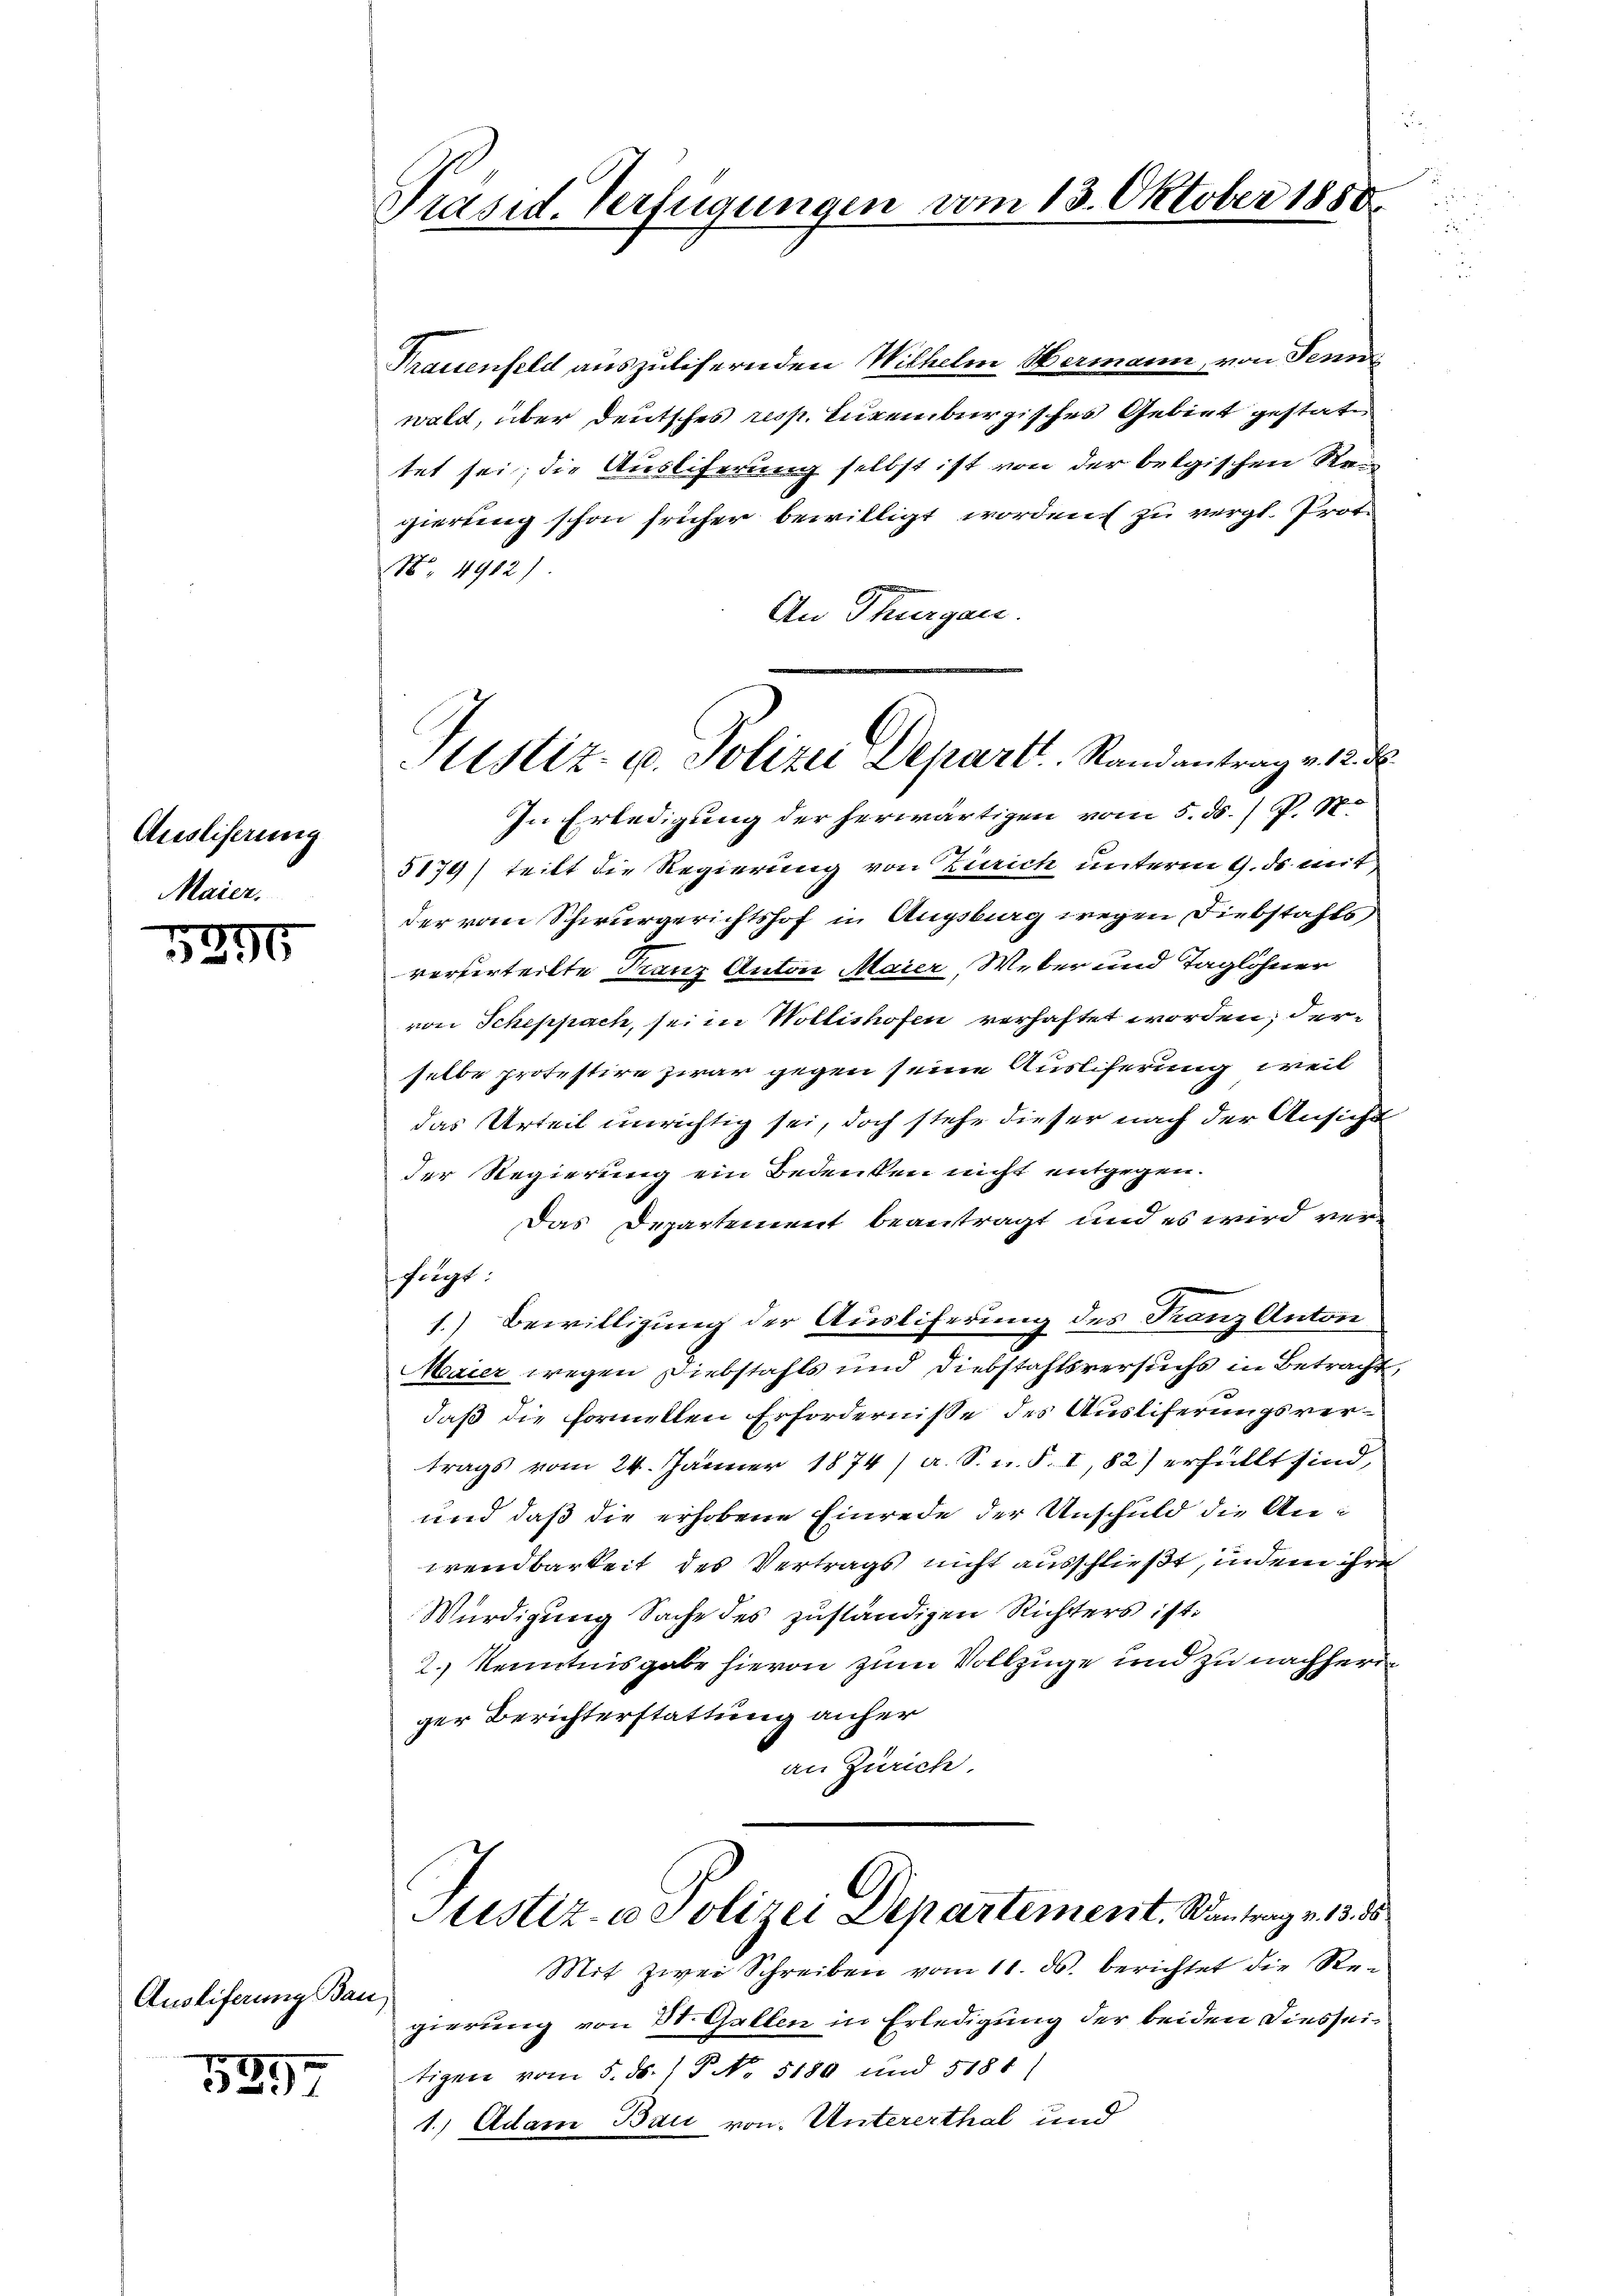
Austiferung
Maier.

5295

Ausliferung Bau,

539

Präsid. Verfügungen vom 13. Oktober 1850.

Trauenfeld auszulisernden Wilhelm Hermann, von Senn
wald, über deutsches resp. Eugenburgisches Gebiet gestatt
tet sei; die Ausliferung selbst ist von der belgischen Rei
gierung schon früher bewilligt worden zu vergl. Prot
N° 4912)
An Thurgau.
In Erledigung der herwärtigen vom 5. ds. P. M.
5174) teilt die Regierung von Zürich unterm 9. ds mit
der vom Schwurgerichtshof in Augsburg wegen Diebstahls
verurteilte Franz Anton Maier, Weber und Taglöhner
von Scheppach, sei in Wollishofen verhaftet worden; derselbe protestire zwar gegen seine Ausliferung, weil
das Urteil unrichtig sei, doch stehe dieser nach der Ansicht
der Regierung ein Bedenken nicht entgegen.
Das Departement beantragt und es wird verfegt:
1.) Bewilligung der Ausliferung des Franz Anton
Maier wegen Diebstahls und Diebstahlsversuchs in Betracht
daß die formellen Erfordernisse des Ausliferungsvertrags vom 24. Jänner 1874/ a. S. R. S. I, 82) erfüllt sind,
und daß die erhobene Einrede der Unschuld die Anwendbarkeit des Vertrags nicht ausschließt, indem ihre
Würdigung Sache des zuständigen Richters ist.
2.) Kenntnisgabe hievon zum Vollzuge und zu nachherig
ger Berichterstattung anher
an Zürich.
Justiz- & Polizei Departement. Kantrag v. 13. ds
Mit zwei Schreiben vom 11. ds. berichtet die Regierung von St. Gallen in Erledigung der beiden Diesseitigen vom 5. ds. P. No. 5180 und 5181)
1.) Adam Bau von Untererthal und

Justiz- u. Polizei Depart. Randantrag v. 12. d.